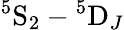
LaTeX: \mathrm{^5S_{2}}-\mathrm{^5D}_{J}